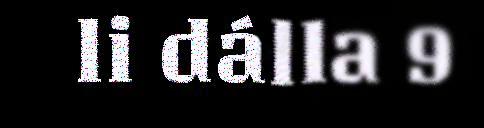
li dálla 9